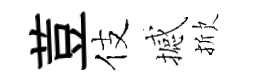
荳伎撼掀